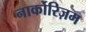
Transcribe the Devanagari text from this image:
नार्कोरिज़म